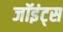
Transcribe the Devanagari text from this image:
जॉइंट्स